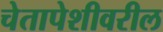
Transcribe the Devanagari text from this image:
चेतापेशीवरील